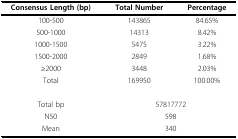
<table><thead><tr><td><b>Consensus Length (bp)</b></td><td><b>Total Number</b></td><td><b>Percentage</b></td></tr></thead><tbody><tr><td>100-500</td><td>143865</td><td>84.65%</td></tr><tr><td>500-1000</td><td>14313</td><td>8.42%</td></tr><tr><td>1000-1500</td><td>5475</td><td>3.22%</td></tr><tr><td>1500-2000</td><td>2849</td><td>1.68%</td></tr><tr><td>≥2000</td><td>3448</td><td>2.03%</td></tr><tr><td>Total</td><td>169950</td><td>100.00%</td></tr><tr><td>Total bp</td><td colspan="2">57817772</td></tr><tr><td>N50</td><td colspan="2">598</td></tr><tr><td>Mean</td><td colspan="2">340</td></tr></tbody></table>